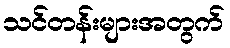
သင်တန်းများအတွက်